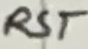
Text: RST